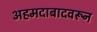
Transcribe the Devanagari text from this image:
अहमदाबादवरून